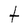
Character: t